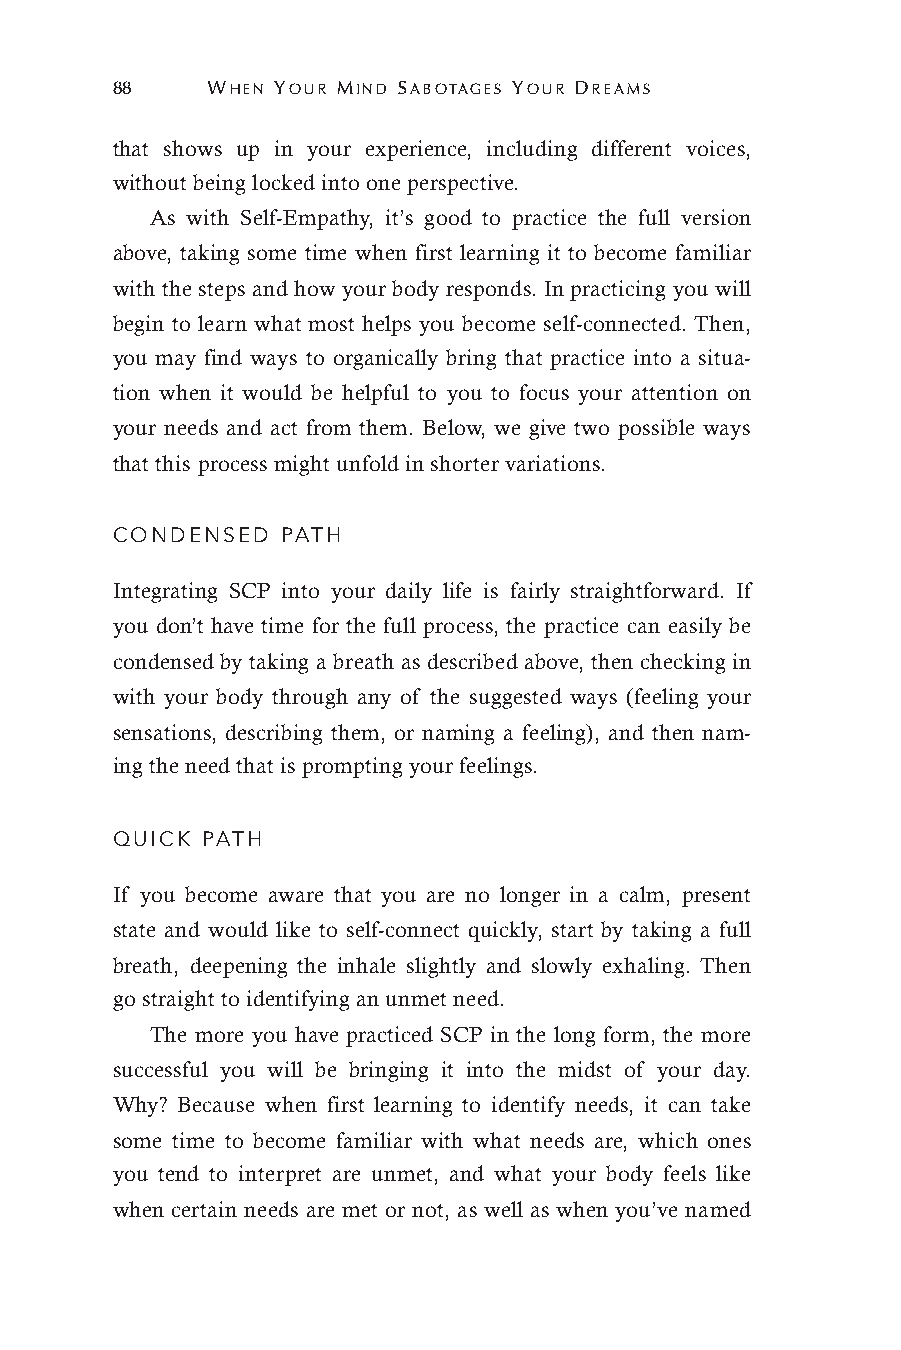
88     WHEN YOUR MIND SABOTAGES YOUR DREAMS
 that shows up in your experience, including different voices,
 without being locked into one perspective.
 As with Self-Empathy, it’s good to practice the full version
 above, taking some time when first learning it to become familiar
 with the steps and how your body responds. In practicing you will
 begin to learn what most helps you become self-connected. Then,
 you may find ways to organically bring that practice into a situa-
 tion when it would be helpful to you to focus your attention on
 your needs and act from them. Below, we give two possible ways
 that this process might unfold in shorter variations.
 CONDENSED   PATH
 Integrating SCP into your daily life is fairly straightforward. If
 you don’t have time for the full process, the practice can easily be
 condensed by taking a breath as described above, then checking in
 with your body through any of the suggested ways (feeling your
 sensations, describing them, or naming a feeling), and then nam-
 ing the need that is prompting your feelings.
 QUICK PATH
 If you become aware that you are no longer in a calm, present
 state and would like to self-connect quickly, start by taking a full
 breath, deepening the inhale slightly and slowly exhaling. Then
 go straight to identifying an unmet need.
 The more you have practiced SCP in the long form, the more
 successful you will be bringing it into the midst of your day.
 Why? Because when first learning to identify needs, it can take
 some time to become familiar with what needs are, which ones
 you tend to interpret are unmet, and what your body feels like
 when certain needs are met or not, as well as when you’ve named